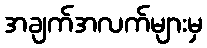
အချက်အလက်များမှ